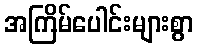
အကြိမ်ပေါင်းများစွာ